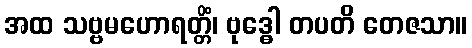
အထ သဗ္ဗမဟောရတ္တိံ၊ ဗုဒ္ဓေါ တပတိ တေဇသာ။